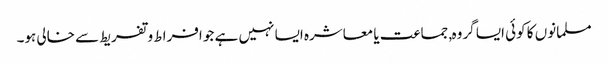
مسلمانوں کا کوئی ایسا گروہ, جماعت یا معاشرہ ایسا نہیں ہے جو افراط و تفریط سے خالی ہو۔